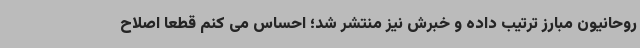
روحانیون مبارز ترتیب داده و خبرش نیز منتشر شد؛ احساس می کنم قطعا اصلاح